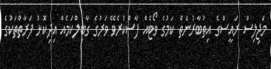
މަޖިލިސް ރައީސްގެ އިތުބާރުނެތް ކަމުގެ ވޯޓެއް ފާސްކުރެވޭ ވަރުގެ ގާބިލްކަމެއް އިދިކޮޅު ފަރާތްތަކުގެ